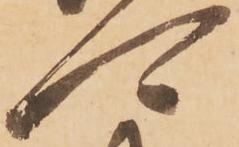
可